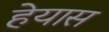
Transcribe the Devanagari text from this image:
हेयास